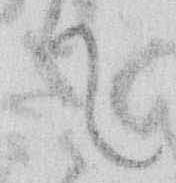
て